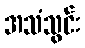
အသံသွင်း